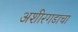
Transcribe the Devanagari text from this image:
अशीरगडाचा